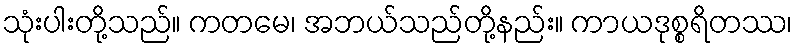
သုံးပါးတို့သည်။ ကတမေ၊ အဘယ်သည်တို့နည်း။ ကာယဒုစ္စရိတဿ၊